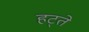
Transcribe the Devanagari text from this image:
हट्ते